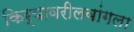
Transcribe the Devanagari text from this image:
किर्यावरीलबांगला